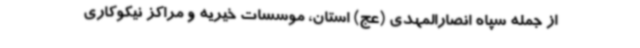
از جمله سپاه انصارالمهدی (عج) استان، موسسات خیریه و مراکز نیکوکاری